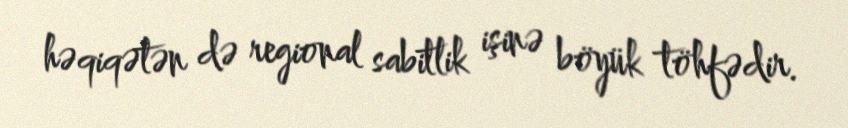
həqiqətən də regional sabitlik işinə böyük töhfədir.